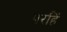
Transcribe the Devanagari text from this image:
परहिं